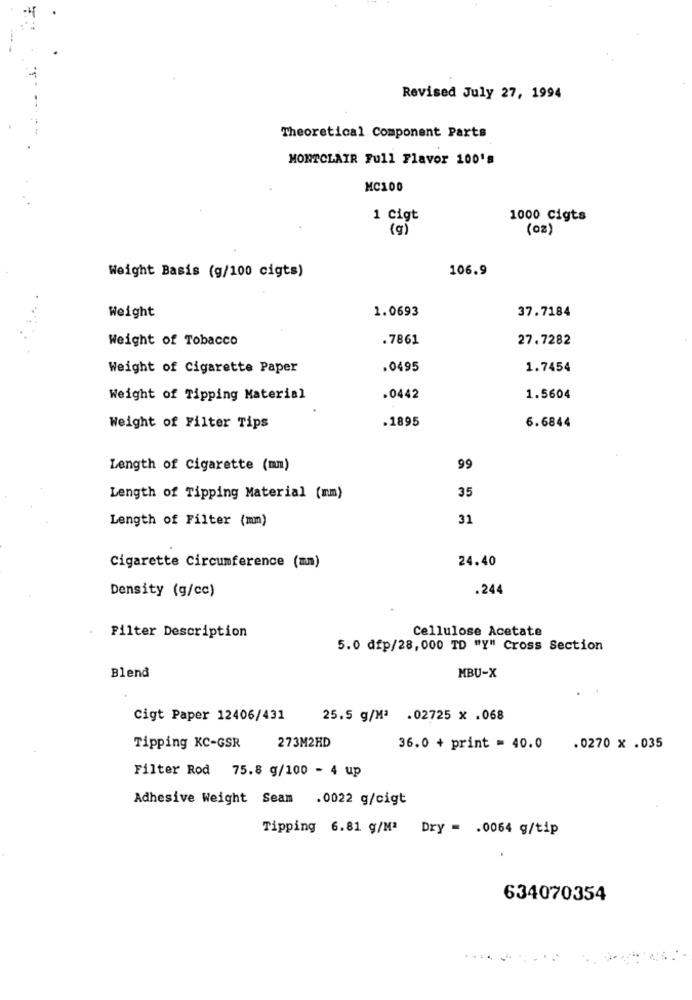
Revised July 27, 1994
Theoretical Component Parts
MONTCLAIR Full Flavor 100's
MC100
1 Cigt
1000 Cigts
(g)
(oz)
106.9
Weight Basis (g/100 cigts)
Weight
1.0693
37.7184
Weight of Tobacco
.7861
27.7282
Weight of Cigarette Paper
.0495
1.7454
Weight of Tipping Material
.0442
1.5604
.1895
6.6844
Weight of Filter Tips
Length of Cigarette (mm)
99
Length of Tipping Material (mm)
35
Length of Filter (mm)
31
24.40
Cigarette Circumference (mm)
Density (g/cc)
.244
Cellulose Acetate
Filter Description
5.0 dfp/28,000 TD "Y" Cross Section
Blend
MBU-X
Cigt Paper 12406/431
25.5 g/Mª .02725 x .068
Tipping KC-GSR
273M2HD
36.0 + print = 40.0
.0270 x .035
Filter Rod 75.8 g/100 - 4 up
Adhesive Weight Seam .0022 g/cigt
Tipping 6.81 g/Mª Dry = . 0064 g/tip
634070354